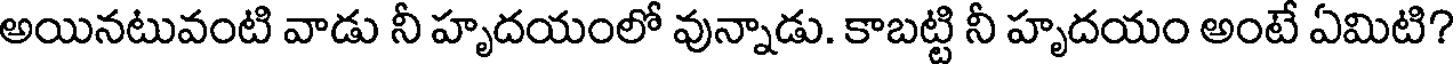
అయినటువంటి వాడు నీ హృదయంలో వున్నాడు. కాబట్టి నీ హృదయం అంటే ఏమిటి?